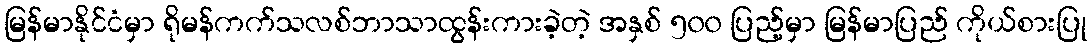
မြန်မာနိုင်ငံမှာ ရိုမန်ကက်သလစ်ဘာသာထွန်းကားခဲ့တဲ့ အနှစ် ၅၀၀ ပြည့်မှာ မြန်မာပြည် ကိုယ်စားပြု